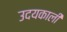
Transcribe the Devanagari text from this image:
उदयकाली